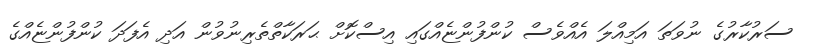
ސަރުކާރުގެ ނުވަތަ އަމިއްލަ އެއްވެސް ކުންފުންޏެއްގައި އިސްކޮށް ޙަރަކާތްތެރިނުވުން އަދި އެފަދަ ކުންފުންޏެއްގެ